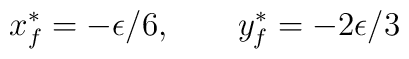
x^*_f = - \epsilon/6,~~~~~ \ y^*_f = - 2 \epsilon/3